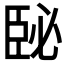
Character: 𦣥